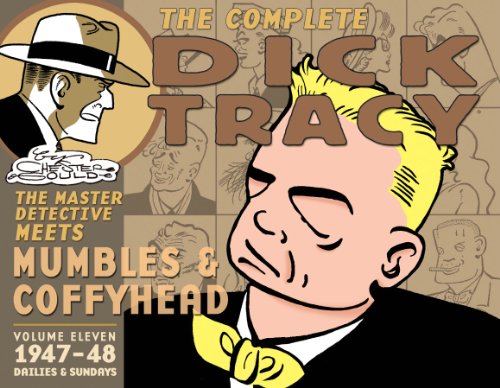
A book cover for Complete Chester Gould's Dick Tracy Volume 11; Chester Gould; Humor & Entertainment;